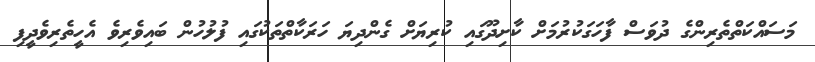
މަސައްކަތްތެރިންގެ ދުވަސް ފާހަގަކުރުމަށް ކާށިދޫގައި ކުރިޔަށް ގެންދިޔަ ހަރަކާތްތަކުގައި ފުލުހުން ބައިވެރިވެ އެހީތެރިވެދީފި